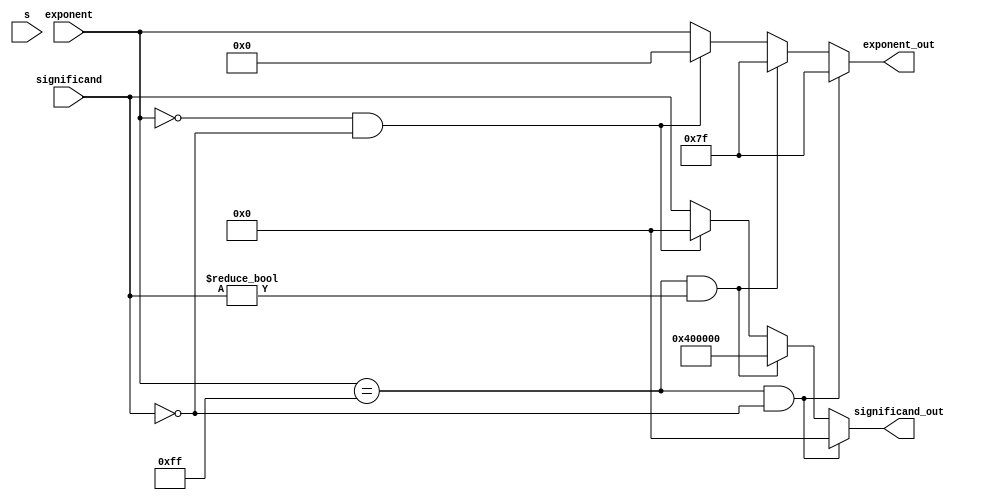
module exception_check (input [24:0] significand, input [7:0] exponent, input s, output reg [24:0] significand_out, output reg [7:0] exponent_out);

always @(*) begin
	if (exponent == 255 && significand==0) begin
		significand_out = 24'd0;
		exponent_out = 7'd255;
		
	end

	
	else if (exponent == 255 && significand!=0) begin
		significand_out = 24'h400000;
		exponent_out = 7'd255;
		
	end

	else if (exponent == 0 && significand==0) begin
		significand_out = 24'd0;
		exponent_out = 7'd0;
		
	end
	

	
	else begin
		significand_out = significand;
		exponent_out = exponent;
		
	end
end	

endmodule